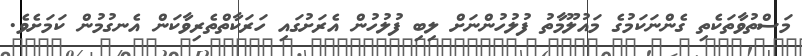
މަސްތުވާތަކެތި ގެންނަކަމުގެ މައުލޫމާތު ފުލުހުންނަށް ލިބި ފުލުހުން އެރަށުގައި ހަރަކާތްތެރިވާކަން އެނގުމުން ކަމަށެވެ.